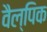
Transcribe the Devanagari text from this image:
वैल्पिक